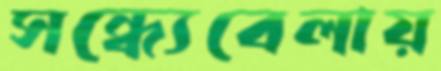
সন্ধ্যেবেলায়